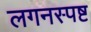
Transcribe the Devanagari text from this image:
लगनस्पष्ट